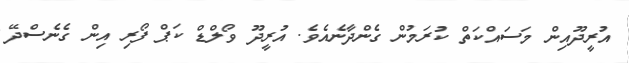
އުރީދޫއިން މަސައްކަތް ކުރަމުން ގެންދާނެއެވެ. އުރީދޫ ވޯލްޑް ކަޕް ފޯރި އިން ގެނެސްދޭ